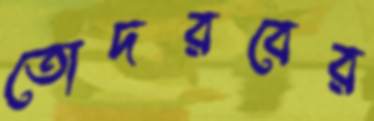
তোদরবের